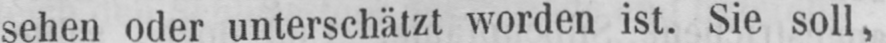
sehen oder unterschätzt worden ist. Sie soll,